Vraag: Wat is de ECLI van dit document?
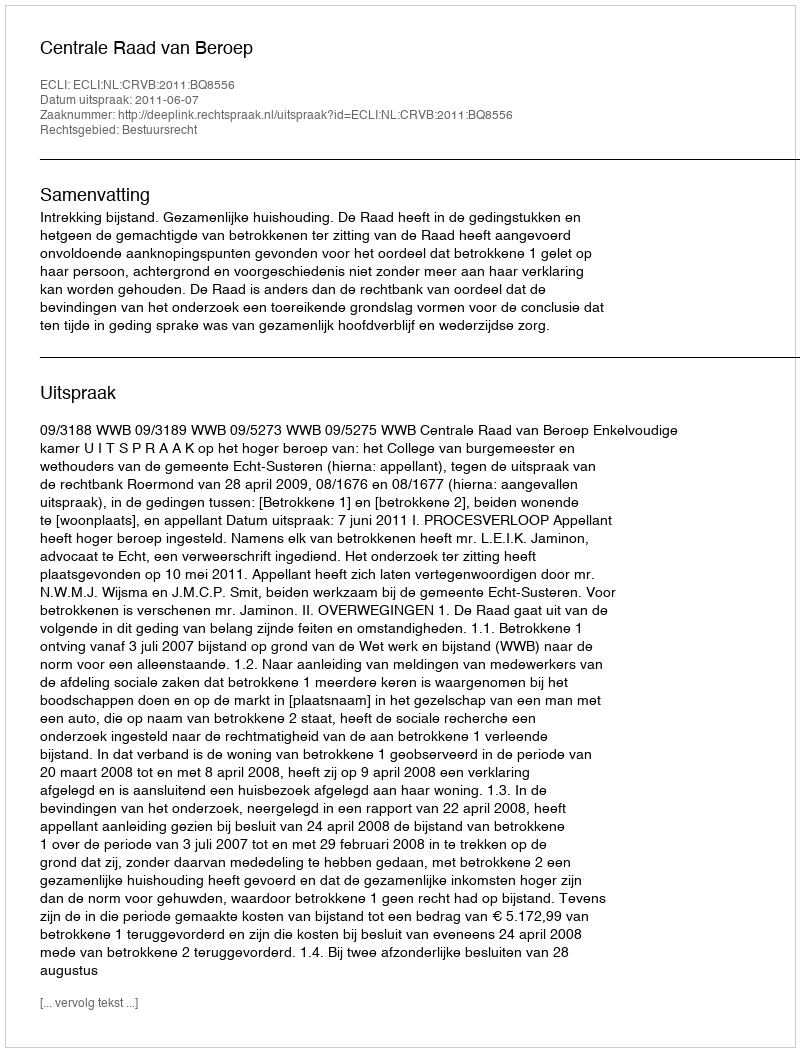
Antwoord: ECLI:NL:CRVB:2011:BQ8556